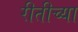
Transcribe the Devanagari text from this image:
रीतीच्या